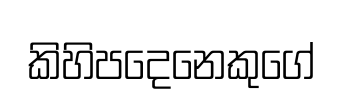
කිහිපදෙනෙකුගේ